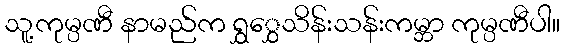
သူ့ကုမ္ပဏီ နာမည်က ရွှွှေသိန်းသန်းကမ္ဘာ ကုမ္ပဏီပါ။